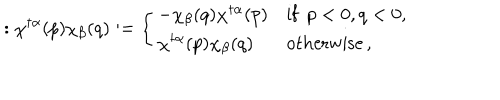
: \chi ^ { \dagger \alpha } ( p ) \chi _ { \beta } ( q ) : = \left\{ \begin{array} { l l } { { - \chi _ { \beta } ( q ) \chi ^ { \dagger \alpha } ( p ) } } & { { \mathrm { i f } \enspace p < 0 , q < 0 , } } \\ { { \chi ^ { \dagger \alpha } ( p ) \chi _ { \beta } ( q ) } } & { { \mathrm { o t h e r w i s e } \, , } } \\ \end{array} \right.